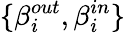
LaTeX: \{ \beta_{i}^{out},\beta_{i}^{in}\}